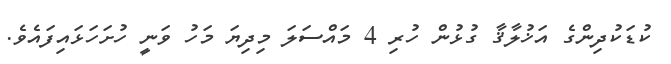
ކުޑަކުދިންގެ އަޚުލާޤާ ގުޅުން ހުރި 4 މައްސަލަ މިދިޔަ މަހު ވަނީ ހުށަހަޅައިފައެވެ.